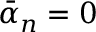
\bar { \alpha } _ { n } = 0